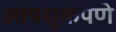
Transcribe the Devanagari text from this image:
आपसूकपणे